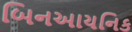
બિનઆયનિક